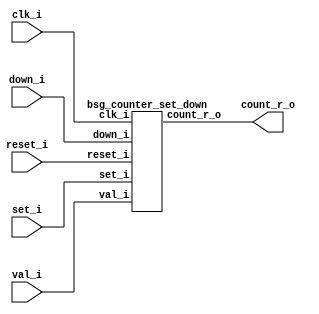


module top
(
  clk_i,
  reset_i,
  set_i,
  val_i,
  down_i,
  count_r_o
);

  input [63:0] val_i;
  output [63:0] count_r_o;
  input clk_i;
  input reset_i;
  input set_i;
  input down_i;

  bsg_counter_set_down
  wrapper
  (
    .val_i(val_i),
    .count_r_o(count_r_o),
    .clk_i(clk_i),
    .reset_i(reset_i),
    .set_i(set_i),
    .down_i(down_i)
  );


endmodule



module bsg_counter_set_down
(
  clk_i,
  reset_i,
  set_i,
  val_i,
  down_i,
  count_r_o
);

  input [63:0] val_i;
  output [63:0] count_r_o;
  input clk_i;
  input reset_i;
  input set_i;
  input down_i;
  wire N0,N1,N2,N3,N4,N5,N6,N7,N8,N9,N10,N11,N12,N13,N14,N15,N16,N17,N18,N19,N20,N21,
  N22,N23,N24,N25,N26,N27,N28,N29,N30,N31,N32,N33,N34,N35,N36,N37,N38,N39,N40,N41,
  N42,N43,N44,N45,N46,N47,N48,N49,N50,N51,N52,N53,N54,N55,N56,N57,N58,N59,N60,N61,
  N62,N63,N64,N65,N66,N67,N68,N69,N70,N71,N72,N73,N74,N75,N76,N77,N78,N79,N80,N81,
  N82,N83,N84,N85,N86,N87,N88,N89,N90,N91,N92,N93,N94,N95,N96,N97,N98,N99,N100,N101,
  N102,N103,N104,N105,N106,N107,N108,N109,N110,N111,N112,N113,N114,N115,N116,N117,
  N118,N119,N120,N121,N122,N123,N124,N125,N126,N127,N128,N129,N130,N131,N132,N133,
  N134,N135;
  wire [63:0] ctr_n;
  reg [63:0] count_r_o;
  assign ctr_n = { N133, N132, N131, N130, N129, N128, N127, N126, N125, N124, N123, N122, N121, N120, N119, N118, N117, N116, N115, N114, N113, N112, N111, N110, N109, N108, N107, N106, N105, N104, N103, N102, N101, N100, N99, N98, N97, N96, N95, N94, N93, N92, N91, N90, N89, N88, N87, N86, N85, N84, N83, N82, N81, N80, N79, N78, N77, N76, N75, N74, N73, N72, N71, N70 } - down_i;
  assign { N68, N67, N66, N65, N64, N63, N62, N61, N60, N59, N58, N57, N56, N55, N54, N53, N52, N51, N50, N49, N48, N47, N46, N45, N44, N43, N42, N41, N40, N39, N38, N37, N36, N35, N34, N33, N32, N31, N30, N29, N28, N27, N26, N25, N24, N23, N22, N21, N20, N19, N18, N17, N16, N15, N14, N13, N12, N11, N10, N9, N8, N7, N6, N5 } = (N0)? { 1'b0, 1'b0, 1'b0, 1'b0, 1'b0, 1'b0, 1'b0, 1'b0, 1'b0, 1'b0, 1'b0, 1'b0, 1'b0, 1'b0, 1'b0, 1'b0, 1'b0, 1'b0, 1'b0, 1'b0, 1'b0, 1'b0, 1'b0, 1'b0, 1'b0, 1'b0, 1'b0, 1'b0, 1'b0, 1'b0, 1'b0, 1'b0, 1'b0, 1'b0, 1'b0, 1'b0, 1'b0, 1'b0, 1'b0, 1'b0, 1'b0, 1'b0, 1'b0, 1'b0, 1'b0, 1'b0, 1'b0, 1'b0, 1'b0, 1'b0, 1'b0, 1'b0, 1'b0, 1'b0, 1'b0, 1'b0, 1'b0, 1'b0, 1'b0, 1'b0, 1'b0, 1'b0, 1'b0, 1'b0 } : 
                                                                                                                                                                                                                                                                                                                                         (N1)? ctr_n : 1'b0;
  assign N0 = reset_i;
  assign N1 = N4;
  assign { N133, N132, N131, N130, N129, N128, N127, N126, N125, N124, N123, N122, N121, N120, N119, N118, N117, N116, N115, N114, N113, N112, N111, N110, N109, N108, N107, N106, N105, N104, N103, N102, N101, N100, N99, N98, N97, N96, N95, N94, N93, N92, N91, N90, N89, N88, N87, N86, N85, N84, N83, N82, N81, N80, N79, N78, N77, N76, N75, N74, N73, N72, N71, N70 } = (N2)? val_i : 
                                                                                                                                                                                                                                                                                                                                                                                (N3)? count_r_o : 1'b0;
  assign N2 = set_i;
  assign N3 = N69;
  assign N4 = ~reset_i;
  assign N69 = ~set_i;
  assign N134 = ~down_i;
  assign N135 = down_i;

  always @(posedge clk_i) begin
    if(1'b1) begin
      { count_r_o[63:0] } <= { N68, N67, N66, N65, N64, N63, N62, N61, N60, N59, N58, N57, N56, N55, N54, N53, N52, N51, N50, N49, N48, N47, N46, N45, N44, N43, N42, N41, N40, N39, N38, N37, N36, N35, N34, N33, N32, N31, N30, N29, N28, N27, N26, N25, N24, N23, N22, N21, N20, N19, N18, N17, N16, N15, N14, N13, N12, N11, N10, N9, N8, N7, N6, N5 };
    end 
  end


endmodule